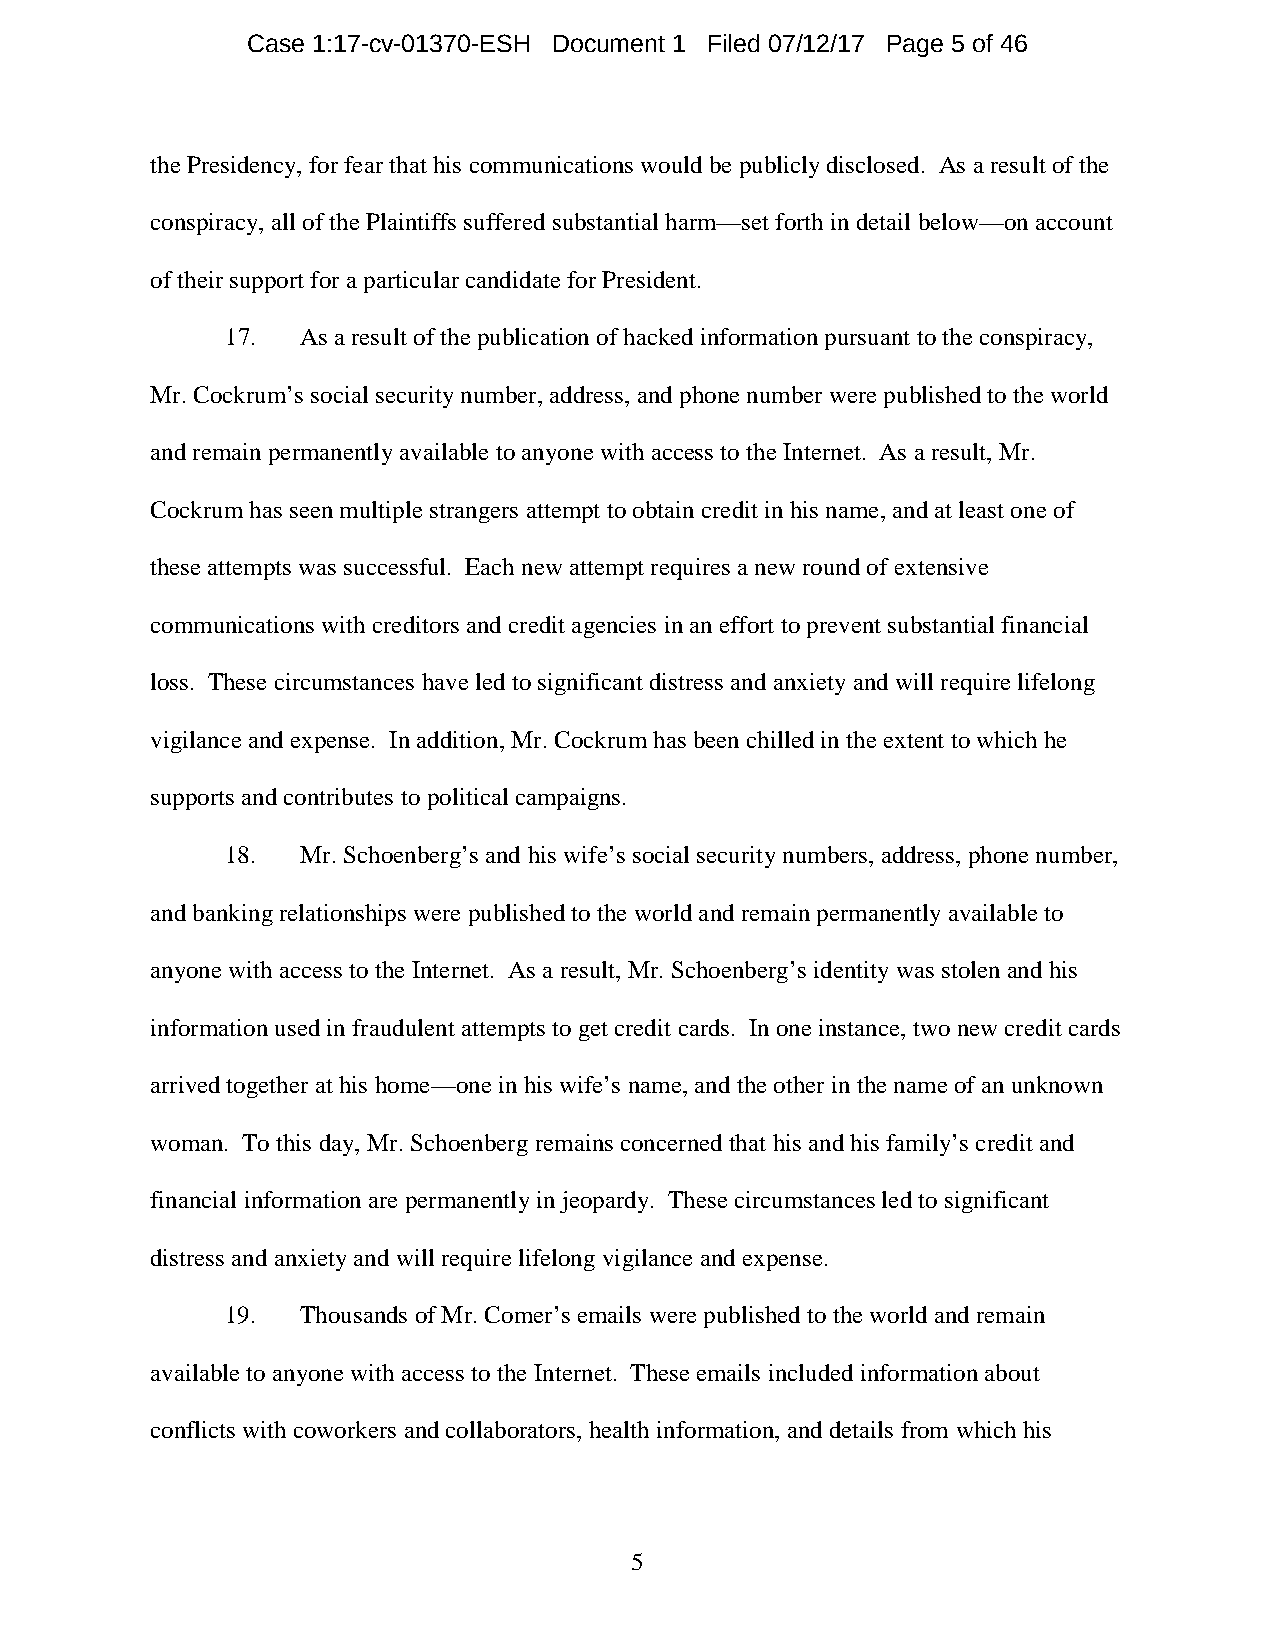
Case 1:17-cv-01370-ESH Document 1 Filed 07/12/17 Page 5 of 46
 the Presidency, for fear that his communications would be publicly disclosed. As a result of the
 conspiracy, all of the Plaintiffs suffered substantial harm—set forth in detail below—on account
 of their support for a particular candidate for President.
 17.  As a result of the publication of hacked information pursuant to the conspiracy,
 Mr. Cockrum’s social security number, address, and phone number were published to the world
 and remain permanently available to anyone with access to the Internet. As a result, Mr.
 Cockrum has seen multiple strangers attempt to obtain credit in his name, and at least one of
 these attempts was successful. Each new attempt requires a new round of extensive
 communications with creditors and credit agencies in an effort to prevent substantial financial
 loss. These circumstances have led to significant distress and anxiety and will require lifelong
 vigilance and expense. In addition, Mr. Cockrum has been chilled in the extent to which he
 supports and contributes to political campaigns.
 18.  Mr. Schoenberg’s and his wife’s social security numbers, address, phone number,
 and banking relationships were published to the world and remain permanently available to
 anyone with access to the Internet. As a result, Mr. Schoenberg’s identity was stolen and his
 information used in fraudulent attempts to get credit cards. In one instance, two new credit cards
 arrived together at his home—one in his wife’s name, and the other in the name of an unknown
 woman. To this day, Mr. Schoenberg remains concerned that his and his family’s credit and
 financial information are permanently in jeopardy. These circumstances led to significant
 distress and anxiety and will require lifelong vigilance and expense.
 19.  Thousands of Mr. Comer’s emails were published to the world and remain
 available to anyone with access to the Internet. These emails included information about
 conflicts with coworkers and collaborators, health information, and details from which his
 5